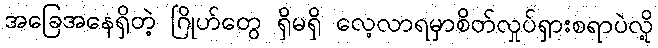
အခြေအနေရှိတဲ့ ဂြိုဟ်တွေ ရှိမရှိ လေ့လာရမှာစိတ်လှုပ်ရှားစရာပဲလို့